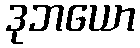
ဒုဘယော